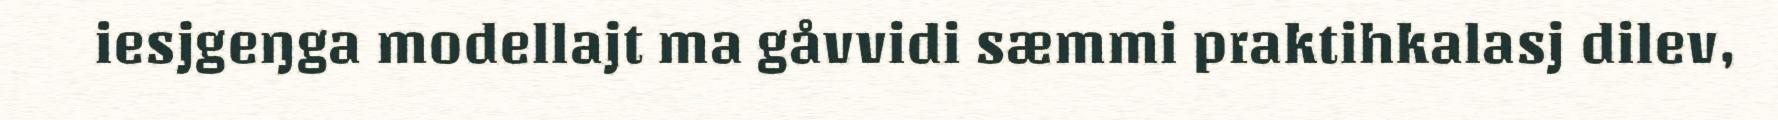
iesjgeŋga modellajt ma gåvvidi sæmmi praktihkalasj dilev,